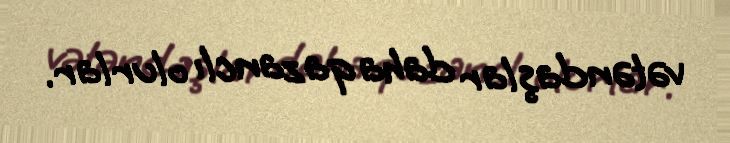
vətəndaşlar daha qazanclı olurlar.